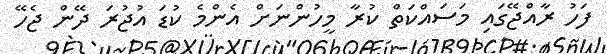
ފަހު ރާއްޖޭގައި މަސައްކަތް ކުރާ މީހުންނަށް އެންމެ ކުޑަ އުޖުރަ ދޭން ޖެހޭ